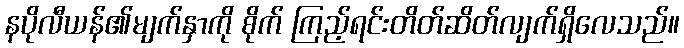
နပိုလီယန်၏မျက်နှာကို စိုက် ကြည့်ရင်းတိတ်ဆိတ်လျက်ရှိလေသည်။